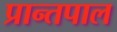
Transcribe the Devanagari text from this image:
प्रान्तपाल